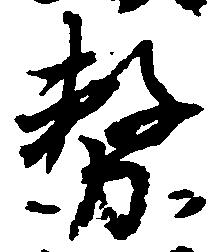
務